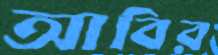
আবির